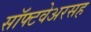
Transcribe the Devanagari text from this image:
सॉफ्टवेअरसह